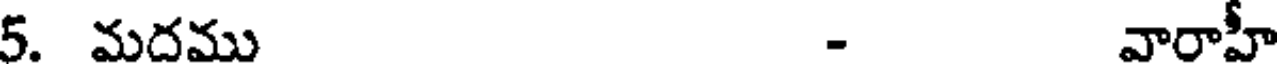
5. మదము - వారాహీ